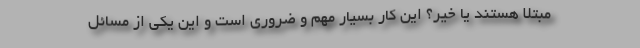
مبتلا هستند یا خیر؟ این کار بسیار مهم و ضروری است و این یکی از مسائل